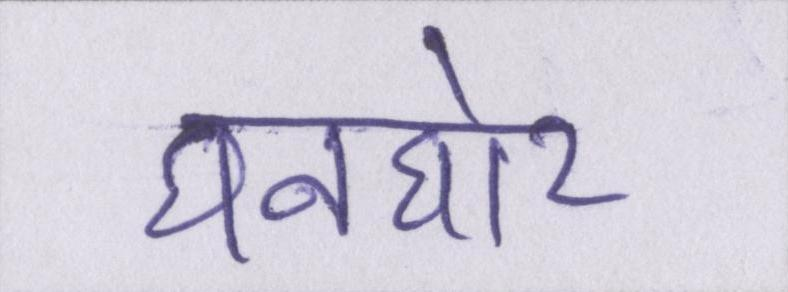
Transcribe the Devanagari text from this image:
घनघोर